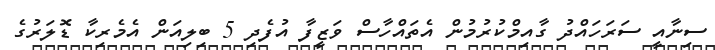
ސިނާއީ ސަރަހައްދު ގާއިމްކުރުމުން އެތައްހާސް ވަޒީފާ އުފެދި 5 ބިލިއަން އެމެރިކާ ޑޮލަރުގެ